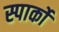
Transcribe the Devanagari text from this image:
स्पार्को